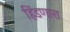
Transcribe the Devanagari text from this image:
हिंडणारा